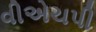
વીએચપી